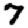
Digit: 7